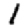
Digit: 1